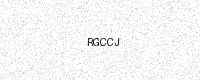
Text: RGCCJ